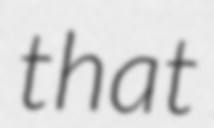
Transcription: that